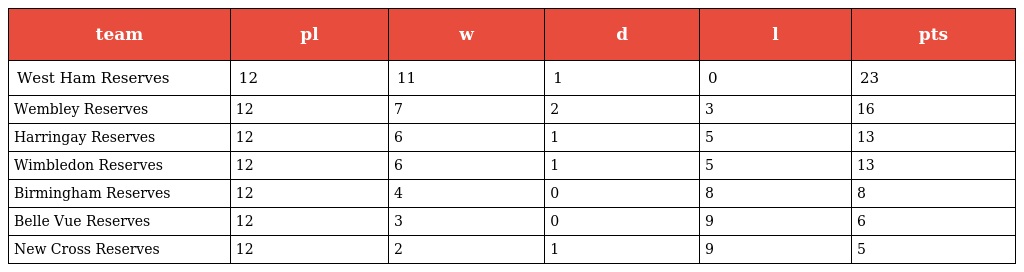
| team | pl | w | d | l | pts |
 | --- | --- | --- | --- | --- | --- |
 | West Ham Reserves | 12 | 11 | 1 | 0 | 23 |
 | Wembley Reserves | 12 | 7 | 2 | 3 | 16 |
 | Harringay Reserves | 12 | 6 | 1 | 5 | 13 |
 | Wimbledon Reserves | 12 | 6 | 1 | 5 | 13 |
 | Birmingham Reserves | 12 | 4 | 0 | 8 | 8 |
 | Belle Vue Reserves | 12 | 3 | 0 | 9 | 6 |
 | New Cross Reserves | 12 | 2 | 1 | 9 | 5 |